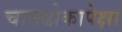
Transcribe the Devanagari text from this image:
चामढोकापेक्षा